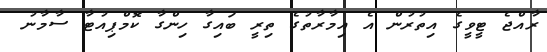
ރާއްޖެ ޓީވީގެ އިތުރުން އެ އިމާރާތުގެ ތިރީ ބައިގާ ހިންގާ ކޮމްޕިއުޓާ ސާމާނު